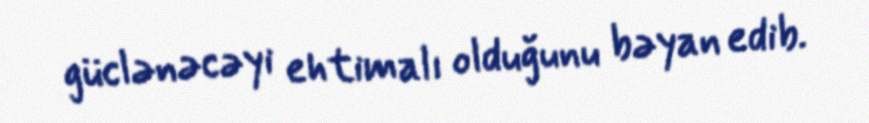
güclənəcəyi ehtimalı olduğunu bəyan edib.